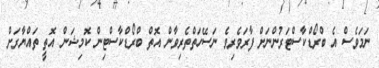
ނަމަވެސް އެ ބްރޯޑްކާސްޓަރުންނަށް ފާރަވެރިވެ ނަސޭހަތްތެރިވާން އޮތް ބްރޯޑްކާސްޓިން ކޮމިޝަން އޮތީ ތައްޔާރަށް